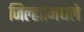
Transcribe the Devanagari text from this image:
जिल्ह्यांमधले